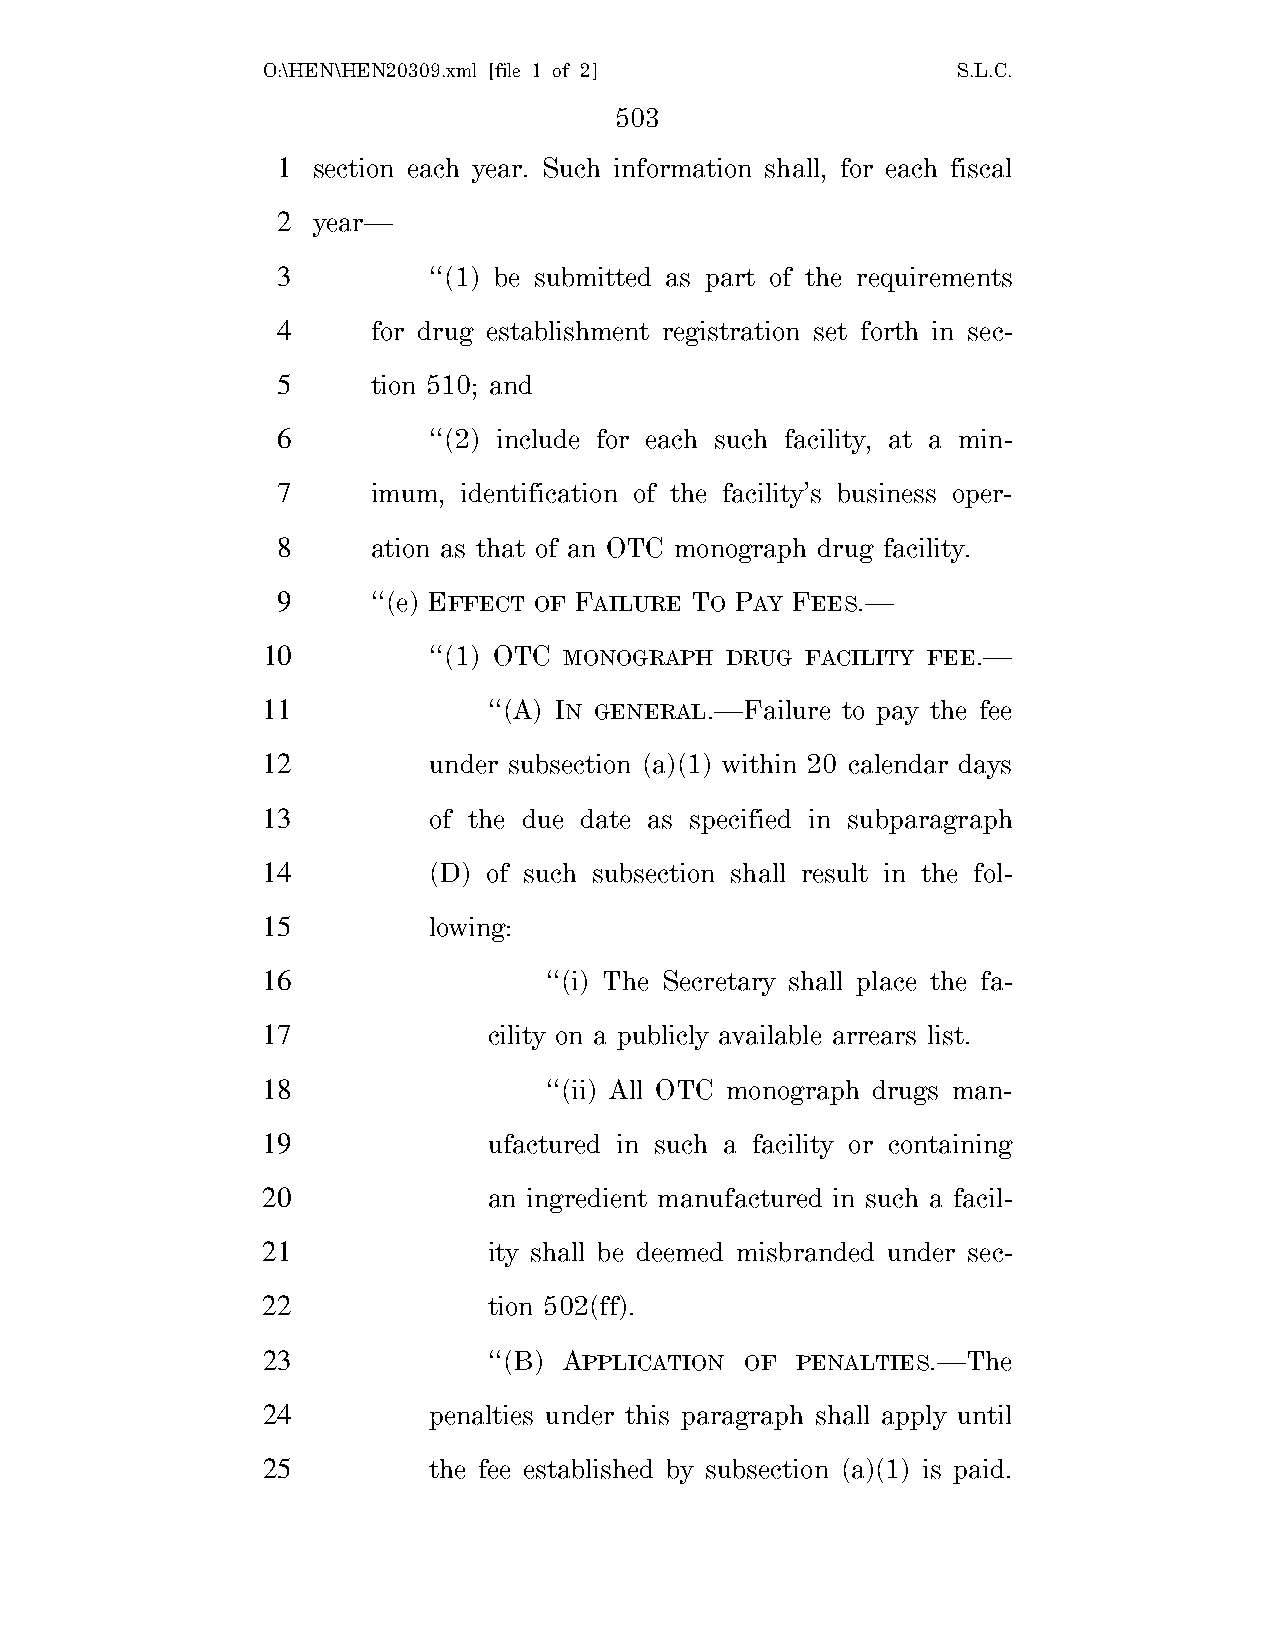
O:\HEN\HEN20309.xml [file 1 of 2]             S.L.C.
 503
 1  section each year. Such information shall, for each fiscal
 2  year—
 3         ‘‘(1) be submitted as part of the requirements
 4      for drug establishment registration set forth in sec-
 5      tion 510; and
 6         ‘‘(2) include for each such facility, at a min-
 7      imum, identification of the facility’s business oper-
 8      ation as that of an OTC monograph drug facility.
 9      ‘‘(e) EFFECT OF FAILURE TO PAY FEES.—
 10         ‘‘(1) OTC MONOGRAPH DRUG FACILITY FEE.—
 11             ‘‘(A) IN GENERAL.—Failure to pay the fee
 12         under subsection (a)(1) within 20 calendar days
 13         of the due date as specified in subparagraph
 14         (D) of such subsection shall result in the fol-
 15         lowing:
 16                 ‘‘(i) The Secretary shall place the fa-
 17             cility on a publicly available arrears list.
 18                 ‘‘(ii) All OTC monograph drugs man-
 19             ufactured in such a facility or containing
 20             an ingredient manufactured in such a facil-
 21             ity shall be deemed misbranded under sec-
 22             tion 502(ff).
 23             ‘‘(B) APPLICATION OF PENALTIES.—The
 24         penalties under this paragraph shall apply until
 25         the fee established by subsection (a)(1) is paid.